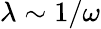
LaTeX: \lambda\sim 1/\omega